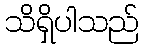
သိရှိပါသည်